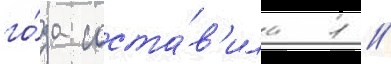
го́да соста́в'ила 1 /